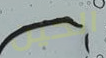
الحين